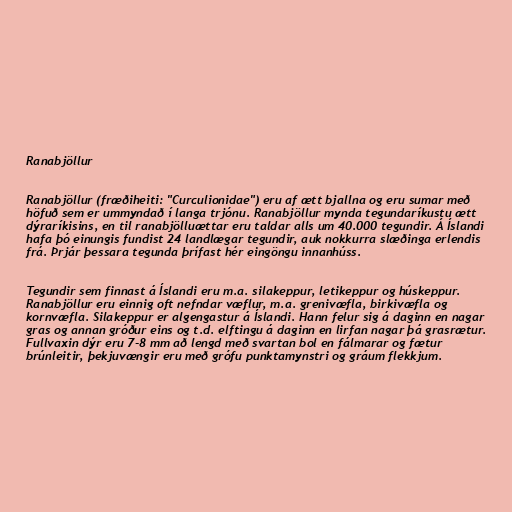
Ranabjöllur

Ranabjöllur (fræðiheiti: "Curculionidae") eru af ætt bjallna og eru sumar með
höfuð sem er ummyndað í langa trjónu. Ranabjöllur mynda tegundaríkustu ætt
dýraríkisins, en til ranabjölluættar eru taldar alls um 40.000 tegundir. Á Íslandi
hafa þó einungis fundist 24 landlægar tegundir, auk nokkurra slæðinga erlendis
frá. Þrjár þessara tegunda þrífast hér eingöngu innanhúss.

Tegundir sem finnast á Íslandi eru m.a. silakeppur, letikeppur og húskeppur.
Ranabjöllur eru einnig oft nefndar væflur, m.a. grenivæfla, birkivæfla og
kornvæfla. Silakeppur er algengastur á Íslandi. Hann felur sig á daginn en nagar
gras og annan gróður eins og t.d. elftingu á daginn en lirfan nagar þá grasrætur.
Fullvaxin dýr eru 7-8 mm að lengd með svartan bol en fálmarar og fætur
brúnleitir, þekjuvængir eru með grófu punktamynstri og gráum flekkjum.